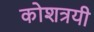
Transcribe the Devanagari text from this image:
कोशत्रयी